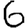
Digit: 6